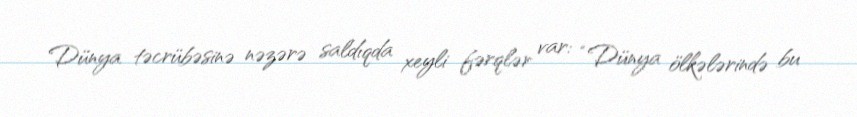
Dünya təcrübəsinə nəzərə saldıqda xeyli fərqlər var: “Dünya ölkələrində bu